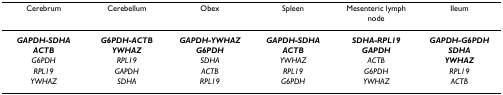
<table><thead><tr><td><b>Cerebrum</b></td><td><b>Cerebellum</b></td><td><b>Obex</b></td><td><b>Spleen</b></td><td><b>Mesenteric lymph node</b></td><td><b>Ileum</b></td></tr></thead><tbody><tr><td><b><i>GAPDH-SDHA</i></b></td><td><b><i>G6PDH-ACTB</i></b></td><td><b><i>GAPDH-YWHAZ</i></b></td><td><b><i>GAPDH-SDHA</i></b></td><td><b><i>SDHA-RPL19</i></b></td><td><b><i>GAPDH-G6PDH</i></b></td></tr><tr><td><b><i>ACTB</i></b></td><td><b><i>YWHAZ</i></b></td><td><b><i>G6PDH</i></b></td><td><b><i>ACTB</i></b></td><td><b><i>GAPDH</i></b></td><td><b><i>SDHA</i></b></td></tr><tr><td><i>G6PDH</i></td><td><i>RPL19</i></td><td><i>SDHA</i></td><td><i>YWHAZ</i></td><td><i>ACTB</i></td><td><b><i>YWHAZ</i></b></td></tr><tr><td><i>RPL19</i></td><td><i>GAPDH</i></td><td><i>ACTB</i></td><td><i>RPL19</i></td><td><i>G6PDH</i></td><td><i>RPL19</i></td></tr><tr><td><i>YWHAZ</i></td><td><i>SDHA</i></td><td><i>RPL19</i></td><td><i>G6PDH</i></td><td><i>YWHAZ</i></td><td><i>ACTB</i></td></tr></tbody></table>